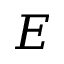
E